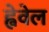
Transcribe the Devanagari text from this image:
ह्वेवेल